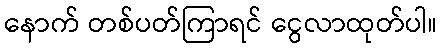
နောက် တစ်ပတ်ကြာရင် ငွေလာထုတ်ပါ။